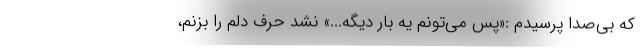
که بی‌صدا پرسیدم :«پس می‌تونم یه بار دیگه...» نشد حرف دلم را بزنم،